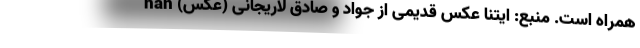
همراه است. منبع: ایتنا عکس قدیمی از جواد و صادق لاریجانی (عکس) nan